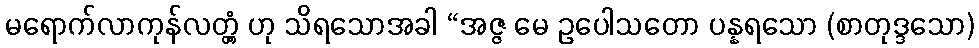
မရောက်လာကုန်လတ္တံ့ ဟု သိရသောအခါ “အဇ္ဇ မေ ဥပေါသတော ပန္နရသော (စာတုဒ္ဒသော)